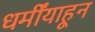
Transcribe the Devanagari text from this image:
धर्मींयाहून